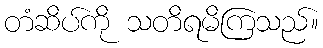
တံဆိပ်ကို သတိရမိကြသည်။